Plague in India, 1896, 1897 - Volume 1
Year: 1896
Disease focus: Plague
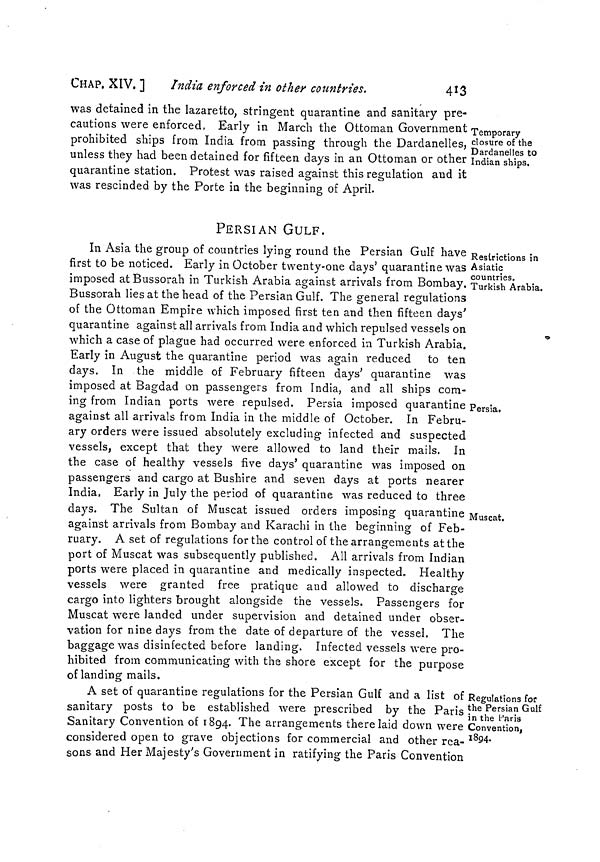
CHAP. XIV. ]
India enforced in other countries.
413
Temporary
closure of the
Dardanelles to
Indian ships.
was detained in the lazaretto, stringent quarantine and sanitary pre-
cautions were enforced, Early in March the Ottoman Government
prohibited ships from India from passing through the Dardanelles,
unless they had been detained for fifteen days in an Ottoman or other
quarantine station. Protest was raised against this regulation and it
was rescinded by the Porte in the beginning of April.
PERSIAN GULF.
Restrictions in
Asiatic
countries.
Turkish Arabia.
In Asia the group of countries lying round the Persian Gulf have
first to be noticed. Early in October twenty-one days' quarantine was
imposed at Bussorah in Turkish Arabia against arrivals from Bombay.
Bussorah lies at the head of the Persian Gulf. The general regulations
of the Ottoman Empire which imposed first ten and then fifteen days'
quarantine against all arrivals from India and which repulsed vessels on
which a case of plague had occurred were enforced in Turkish Arabia.
Early in August the quarantine period was again reduced to ten
days. In the middle of February fifteen days' quarantine was
imposed at Bagdad on passengers from India, and all ships com-
Persia,
ing from Indian ports were repulsed. Persia imposed quarantine
against all arrivals from India in the middle of October. In Febru-
ary orders were issued absolutely excluding infected and suspected
vessels, except that they were allowed to land their mails. In
the case of healthy vessels five days' quarantine was imposed on
passengers and cargo at Bushire and seven days at ports nearer
India, Early in July the period of quarantine was reduced to three
Muscat.
days. The Sultan of Muscat issued orders imposing quarantine
against arrivals from Bombay and Karachi in the beginning of Feb-
ruary. A set of regulations for the control of the arrangements at the
port of Muscat was subsequently published. All arrivals from Indian
ports were placed in quarantine and medically inspected. Healthy
vessels were granted free pratique and allowed to discharge
cargo into lighters brought alongside the vessels. Passengers for
Muscat were landed under supervision and detained under obser-
vation for nine days from the date of departure of the vessel. The
baggage was disinfected before landing. Infected vessels were pro-
hibited from communicating with the shore except for the purpose
of landing mails.
Regulations for
the Persian Gulf
in the l-'aris
Convention,
1894.
A set of quarantine regulations for the Persian Gulf and a list of
sanitary posts to be established were prescribed by the Paris
Sanitary Convention of 1894. The arrangements there laid down were
considered open to grave objections for commercial and other rea-
sons and Her Majesty's Government in ratifying the Paris Convention